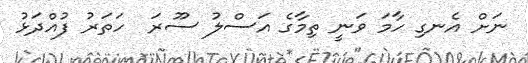
ނަށް އެނގި ހާމަ ވަނީ ތިމާގެ އަސްލު ސޫރަ  ހަތަރު ފުއްދަޅު